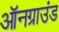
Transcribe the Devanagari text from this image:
ऑनग्राउंड